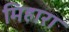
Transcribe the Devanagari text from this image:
मिहारा